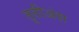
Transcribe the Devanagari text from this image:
तृतीअंश